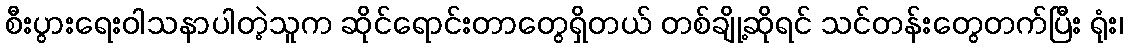
စီးပွားရေးဝါသနာပါတဲ့သူက ဆိုင်ရောင်းတာတွေရှိတယ် တစ်ချို့ဆိုရင် သင်တန်းတွေတက်ပြီး ရုံး၊